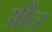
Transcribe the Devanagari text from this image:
अीत